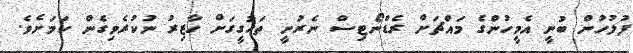
ފުލުހުން ބުނީ އެމީހުންގެ މައްޗަށް ރެޑްނޯޓިސް ނެރުނީ ތަހުގީގަށް ހާޒިރު ނުކުރެވިގެން ކަމަށެވެ.